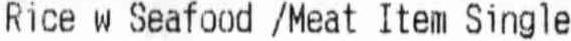
RICE W SEAFOOD /MEAT ITEM SINGLE